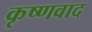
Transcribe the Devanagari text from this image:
कृष्णवाद